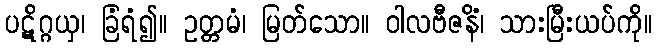
ပဋိဂ္ဂယှ၊ ခြံရံ၍။ ဥတ္တမံ၊ မြတ်သော။ ဝါလဗီဇနိံ၊ သားမြီးယပ်ကို။